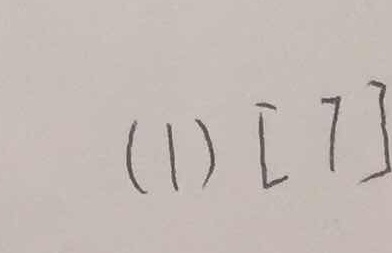
( 1 ) [ 7 ]